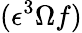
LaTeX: (\epsilon^{3}\Omega f)